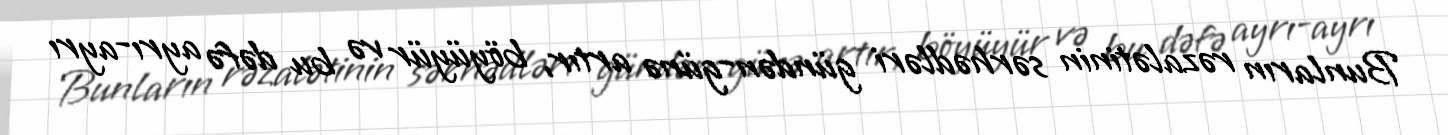
Bunların rəzalətinin sərhədləri gündən-günə artır, böyüyür və bu dəfə ayrı-ayrı